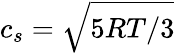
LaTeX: c_{s}=\sqrt{5RT/3}